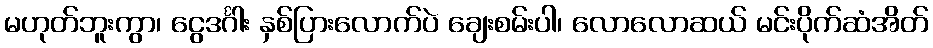
မဟုတ်ဘူးကွာ၊ ငွေဒင်္ဂါး နှစ်ပြားလောက်ပဲ ချေးစမ်းပါ၊ လောလောဆယ် မင်းပိုက်ဆံအိတ်